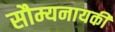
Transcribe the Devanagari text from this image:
सौम्यनायकी